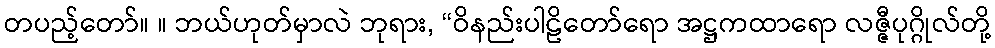
တပည့်တော်။ ။ ဘယ်ဟုတ်မှာလဲ ဘုရား, “ဝိနည်းပါဠိတော်ရော အဋ္ဌကထာရော လဇ္ဇီပုဂ္ဂိုလ်တို့